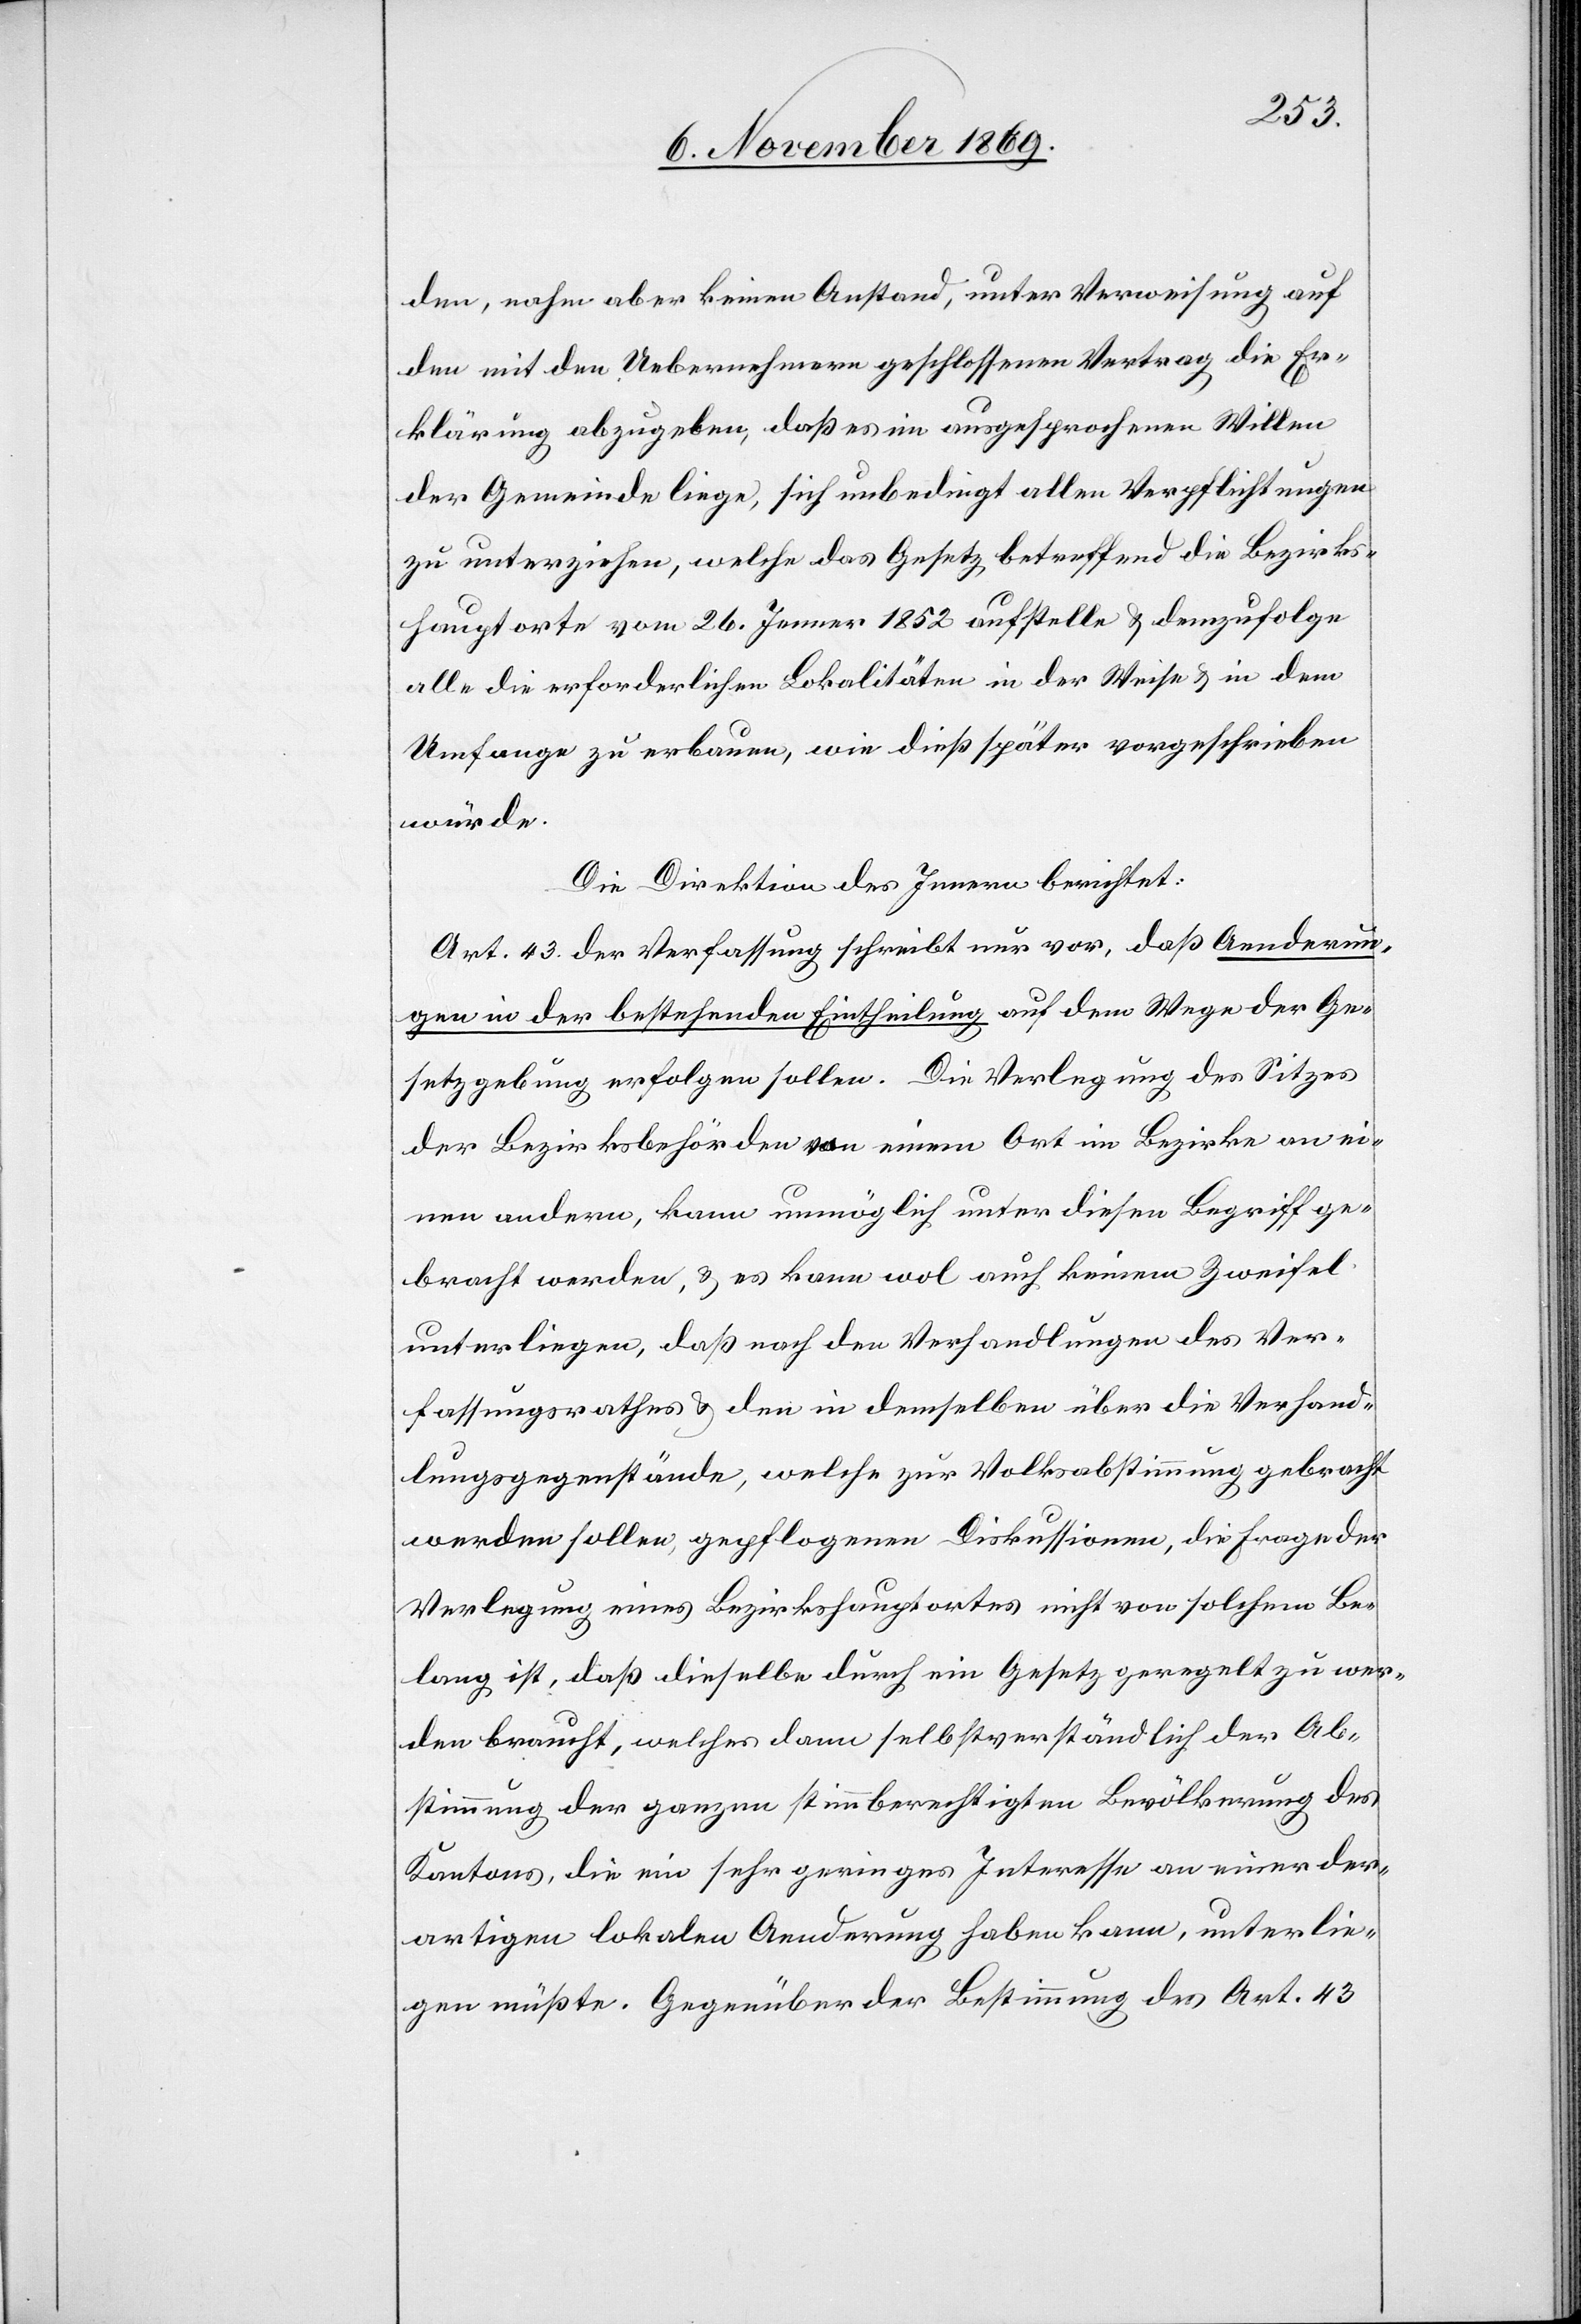
den, nahm aber keinen Anstand, unter Verweisung auf
den mit den Uebernehmern geschlossenen Vertrag die Er¬
klärung abzugeben, daß es im ausgesprochenen Willen
der Gemeinde liege, sich unbedingt allen Verpflichtungen
zu unterziehen, welche das Gesetz betreffend die Bezirks¬
hauptorte vom 26. Jenner 1852 aufstelle & demzufolge
alle die erforderlichen Lokalitäten in der Weise & in dem
Umfange zu erbauen, wie dieß später vorgeschrieben
würde.
Die Direktion des Innern berichtet:
Art. 43. der Verfassung schreibt nur vor, daß Aenderun¬
gen in der bestehenden Eintheilung auf dem Wege der Ge¬
setzgebung erfolgen sollen. Die Verlegung des Sitzes
der Bezirksbehörden von einem Ort im Bezirke an ei¬
nen andern, kann unmöglich unter diesen Begriff ge¬
bracht werden, & es kann wol auch keinem Zweifel
unterliegen, daß nach den Verhandlungen des Ver¬
fassungsrathes & den in demselben über die Verhand¬
lungsgegenstände, welche zur Volksabstimmung gebracht
werden sollen, gepflogenen Diskussionen, die Frage der
Verlegung eines Bezirkshauptortes nicht von solchem Be¬
lang ist, daß dieselbe durch ein Gesetz geregelt zu wer¬
den braucht, welches dann selbstverständlich der Ab¬
stimmung der ganzen stimmberechtigten Bevölkerung des
Kantons, die ein sehr geringes Interesse an einer der¬
artigen lokalen Aenderung haben kann, unterlie¬
gen müßte. Gegenüber der Bestimmung des Art. 43